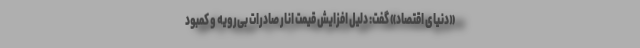
«دنیای‌ اقتصاد» گفت: دلیل افزایش قیمت انار صادرات بی‌رویه و کمبود